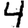
Digit: 4